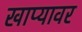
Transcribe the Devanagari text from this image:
खाप्यावर